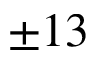
\pm 1 3